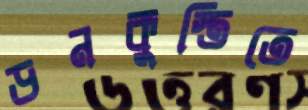
ডনকুস্তিতে